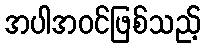
အပါအဝင်ဖြစ်သည့်